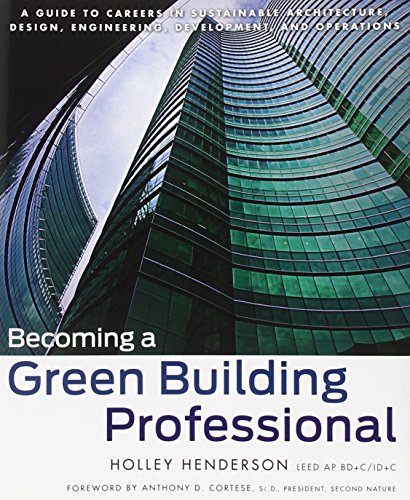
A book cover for Becoming a Green Building Professional: A Guide to Careers in Sustainable Architecture, Design, Engineering, Development, and Operations; Holley Henderson; Crafts, Hobbies & Home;